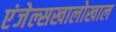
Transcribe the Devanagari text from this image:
एंजेल्सखालोखाल